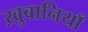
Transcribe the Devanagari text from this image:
ख़ुबानियाँ